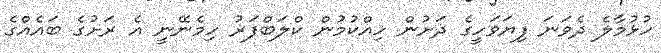
ހުޅުމާލެ ދެވަނަ ފިޔަވަހީގެ ދަށުން ހިއްކުމުން ކްލަބްފަރު ހިމެނޭނީ އެ ރަށުގެ ބައެއްގެ